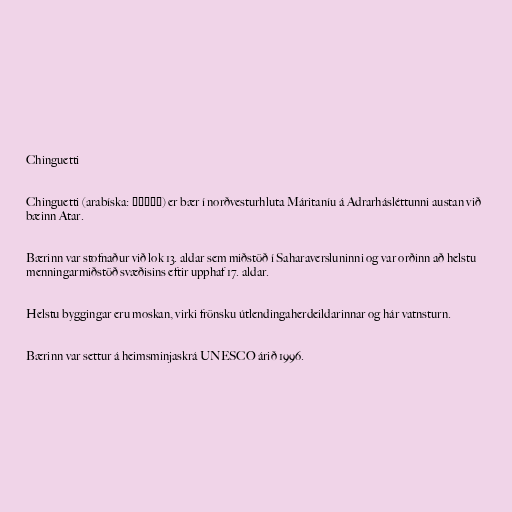
Chinguetti

Chinguetti (arabíska: شنقيط) er bær í norðvesturhluta Máritaníu á Adrarhásléttunni austan við
bæinn Atar.

Bærinn var stofnaður við lok 13. aldar sem miðstöð í Saharaversluninni og var orðinn að helstu
menningarmiðstöð svæðisins eftir upphaf 17. aldar.

Helstu byggingar eru moskan, virki frönsku útlendingaherdeildarinnar og hár vatnsturn.

Bærinn var settur á heimsminjaskrá UNESCO árið 1996.